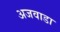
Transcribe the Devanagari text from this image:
अजवाडा